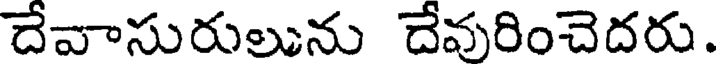
దేవాసురులును దేవురించెదరు.